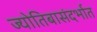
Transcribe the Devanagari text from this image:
ज्योतिबासंदर्भात